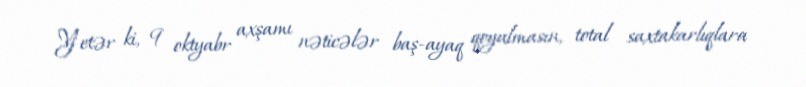
Yetər ki, 9 oktyabr axşamı nəticələr baş-ayaq qoyulmasın, total saxtakarlıqlara